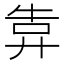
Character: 𢍎